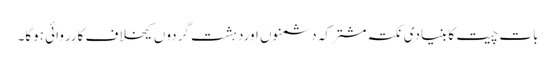
بات چیت کا بنیادی نکتہ مشترکہ دشمنوں اوردہشت گردوں کیخلاف کارروائی ہوگا۔